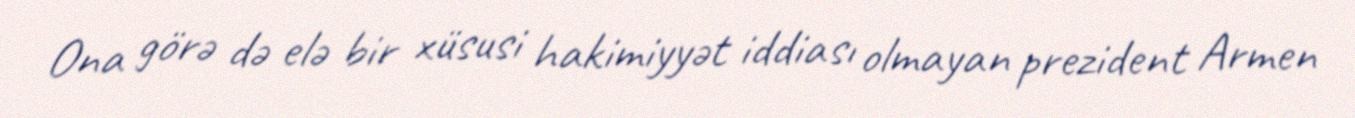
Ona görə də elə bir xüsusi hakimiyyət iddiası olmayan prezident Armen